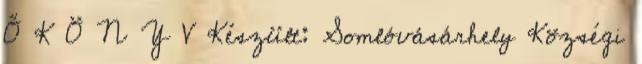
Ő K Ö N Y V Készült: Somlóvásárhely Községi